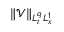
\| \mathcal { V } \| _ { L _ { t } ^ { q } L _ { x } ^ { 1 } }